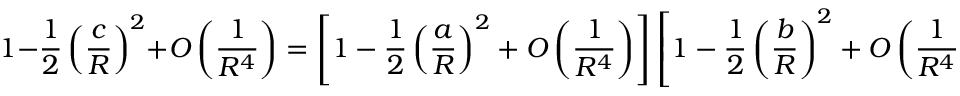
1 - { \frac { 1 } { 2 } } \left( { \frac { c } { R } } \right) ^ { 2 } + O \left( { \frac { 1 } { R ^ { 4 } } } \right) = \left[ 1 - { \frac { 1 } { 2 } } \left( { \frac { a } { R } } \right) ^ { 2 } + O \left( { \frac { 1 } { R ^ { 4 } } } \right) \right] \left[ 1 - { \frac { 1 } { 2 } } \left( { \frac { b } { R } } \right) ^ { 2 } + O \left( { \frac { 1 } { R ^ { 4 } } } \right) \right] { \mathrm { ~ a s ~ } } R \to \infty \ .